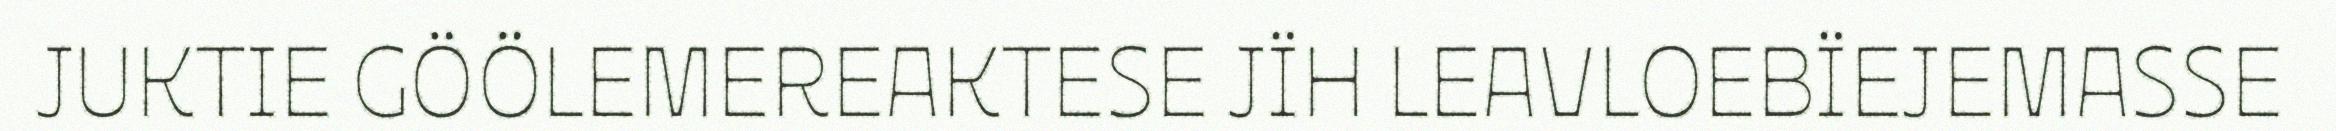
JUKTIE GÖÖLEMEREAKTESE JÏH LEAVLOEBÏEJEMASSE